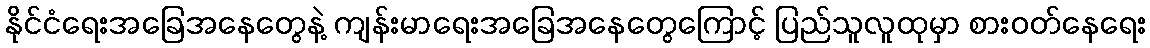
နိုင်ငံရေးအခြေအနေတွေနဲ့ ကျန်းမာရေးအခြေအနေတွေကြောင့် ပြည်သူလူထုမှာ စားဝတ်နေရေး